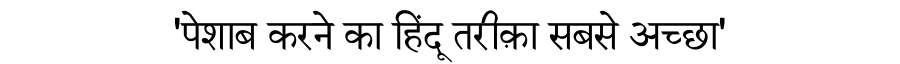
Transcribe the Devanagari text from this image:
'पेशाब करने का हिंदू तरीक़ा सबसे अच्छा'